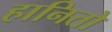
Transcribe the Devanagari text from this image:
हानितो